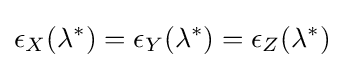
\epsilon _{X}(\lambda ^{*})=\epsilon _{Y}(\lambda ^{*})=\epsilon _{Z}(\lambda ^{*})